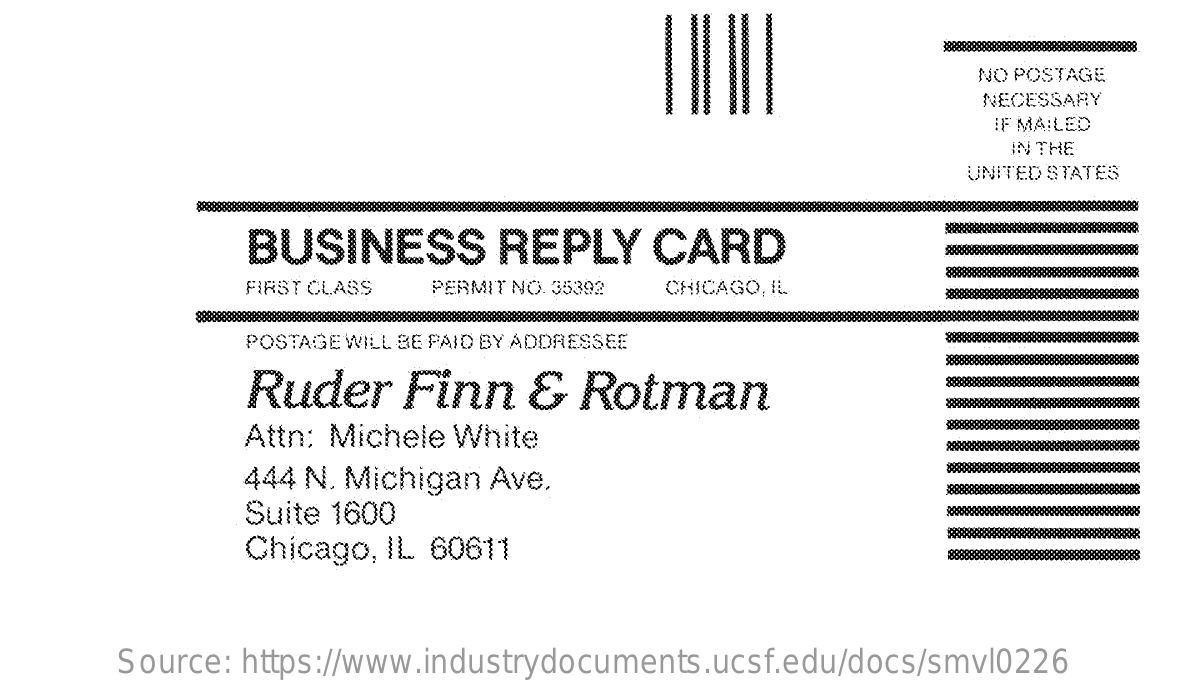
NO POSTAGE
     NECESSARY
     IF MAILED
     IN THE
     UNITED STATES
     BUSINESS    REPLY    CARD
     FIRST CLASS PERMIT NO. 35392 CHICAGO, IL
     POSTAGEWILL BE PAID BY ADDRESSEE
     Ruder    Finn    &  Rotman
     Attn: Michele White
     444 N. Michigan Ave.
     Suite 1600
     Chicago, IL 60611
     Source: https://www.industrydocuments.ucsf.edu/docs/smvl0226